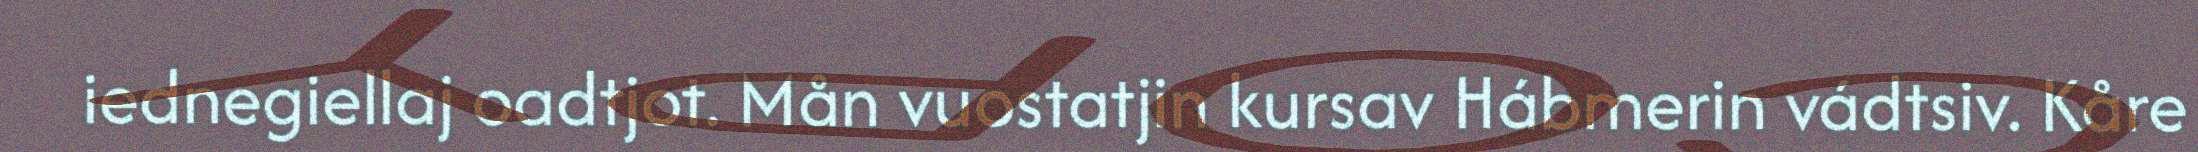
iednegiellaj oadtjot. Mån vuostatjin kursav Hábmerin vádtsiv. Kåre